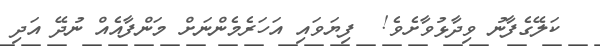
ކަލޭގެފާނު ވިދާޅުވާށެވެ!  ފިޔަވައި އަހަރެމެންނަށް މަންފާއެއް ނުދޭ އަދި